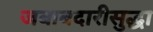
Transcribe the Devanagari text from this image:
जबाबदारीसुद्धा